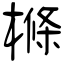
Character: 樤